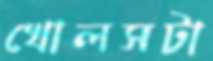
খোলসটা